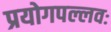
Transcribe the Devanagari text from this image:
प्रयोगपल्लवः